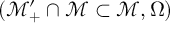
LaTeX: ( \mathcal { M } _ { + } ^ { \prime } \cap \mathcal { M } \subset \mathcal { M } , \Omega \mathcal { ) }